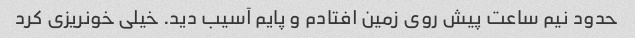
حدود نیم ساعت پیش روی زمین افتادم و پایم آسیب دید. خیلی خونریزی کرد